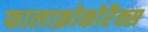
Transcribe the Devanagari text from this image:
फालाक्रोकोरैक्स